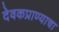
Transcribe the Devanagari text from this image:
देवकप्राण्याचा